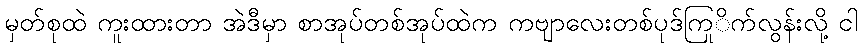
မှတ်စုထဲ ကူးထားတာ အဲဒီမှာ စာအုပ်တစ်အုပ်ထဲက ကဗျာလေးတစ်ပုဒ်ကြုိက်လွန်းလို့ ငါ